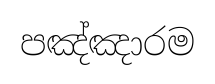
පඤ්ඤාරම